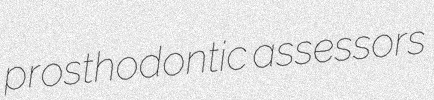
prosthodontic assessors